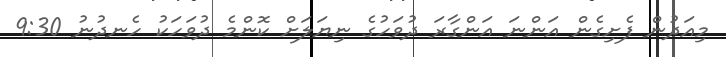
މިއަދުން ފެށިގެން އަންނަ އަންގާރަ ދުވަހުގެ ނިޔަލަށް ކޮންމެ ދުވަހަކު ހެނދުނު 9:30